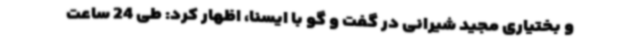
و بختیاری مجید شیرانی در گفت و گو با ایسنا، اظهار کرد: طی 24 ساعت